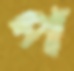
প